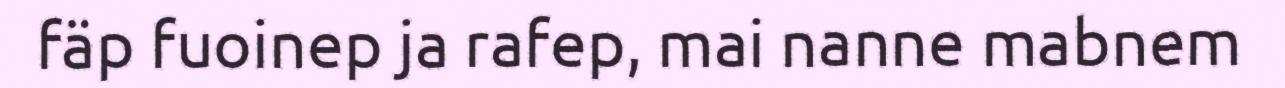
fäp fuoinep ja rafep, mai nanne mabnem